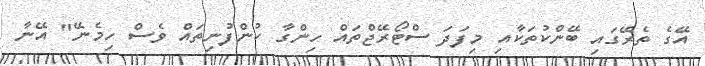
އޭގެ ތެރޭގައި ބޭންކުތަކާއި މިފަދަ ސްޓޯރޭޖްތައް ހިންގާ ކުންފުނިތައް ވެސް ހިމެނޭ" އޭނާ